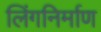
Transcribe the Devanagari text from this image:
लिंगनिर्माण